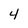
Character: 4